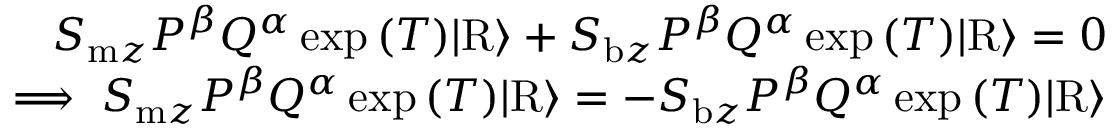
\begin{array} { r } { S _ { \mathrm { m } z } P ^ { \beta } Q ^ { \alpha } \exp { ( T ) } \vert \mathrm { R } \rangle + S _ { \mathrm { b } z } P ^ { \beta } Q ^ { \alpha } \exp { ( T ) } \vert \mathrm { R } \rangle = 0 } \\ { \implies S _ { \mathrm { m } z } P ^ { \beta } Q ^ { \alpha } \exp { ( T ) } \vert \mathrm { R } \rangle = - S _ { \mathrm { b } z } P ^ { \beta } Q ^ { \alpha } \exp { ( T ) } \vert \mathrm { R } \rangle } \end{array}